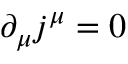
\partial _ { \mu } j ^ { \mu } = 0